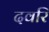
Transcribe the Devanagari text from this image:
दवरि